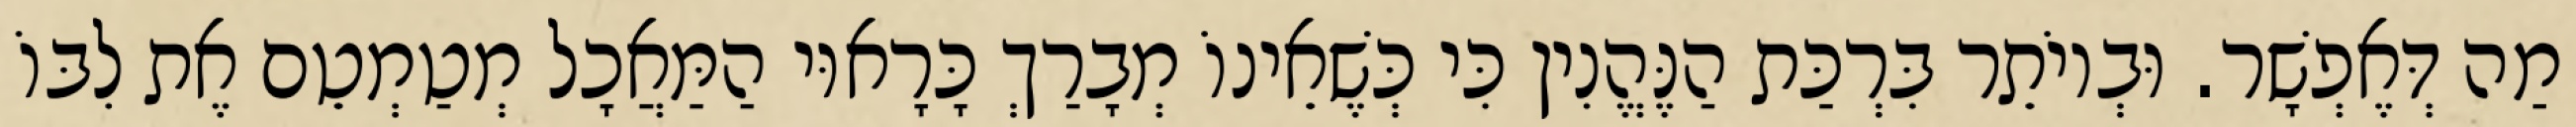
מַה דְּאֶפְשָׁר. וּבְיוֹתֵר בִּרְכַּת הַנֶּהֱנִין כִּי כְּשֶׁאֵינוֹ מְבָרַךְ כָּרָאוּי הַמַּאֲכָל מְטַמְטֵם אֶת לִבּוֹ